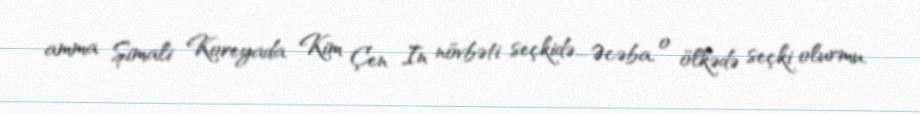
amma Şimali Koreyada Kim Çen In növbəti seçkidə... Əcəba, o ölkədə seçki olurmu,